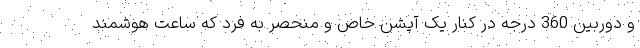
و دوربین 360 درجه در کنار یک آپشن خاص و منحصر به فرد که ساعت هوشمند